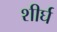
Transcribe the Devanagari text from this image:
शीर्घ